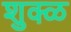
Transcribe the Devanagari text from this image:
शुक्ळ